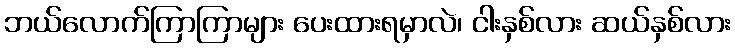
ဘယ်လောက်ကြာကြာများ ပေးထားရမှာလဲ၊ ငါးနှစ်လား ဆယ်နှစ်လား